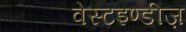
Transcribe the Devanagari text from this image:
वेस्टइण्डीज़